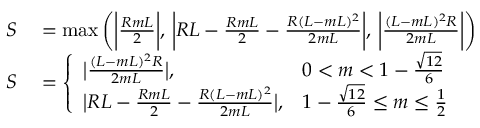
\begin{array} { r l } { S } & { { } = \operatorname* { m a x } \bigg ( \bigg | \frac { R m L } { 2 } \bigg | , \, \bigg | R L - \frac { R m L } { 2 } - \frac { R ( L - m L ) ^ { 2 } } { 2 m L } \bigg | , \, \bigg | \frac { ( L - m L ) ^ { 2 } R } { 2 m L } \bigg | \bigg ) } \\ { S } & { { } = \left\{ \begin{array} { l l } { \big | \frac { ( L - m L ) ^ { 2 } R } { 2 m L } \big | , } & { 0 < m < 1 - \frac { \sqrt { 1 2 } } { 6 } } \\ { \big | R L - \frac { R m L } { 2 } - \frac { R ( L - m L ) ^ { 2 } } { 2 m L } \big | , } & { 1 - \frac { \sqrt { 1 2 } } { 6 } \leq m \leq \frac { 1 } { 2 } } \end{array} \right. } \end{array}